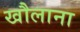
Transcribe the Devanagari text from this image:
खौलाना